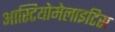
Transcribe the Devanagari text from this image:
आस्टियोमेलाइटिस